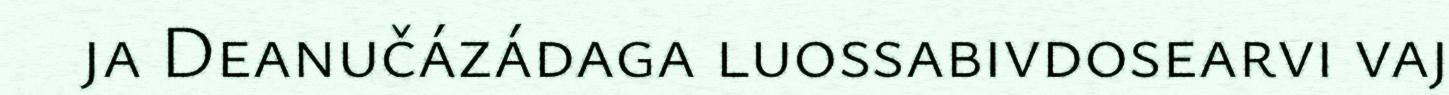
ja Deanučázádaga luossabivdosearvi vaj